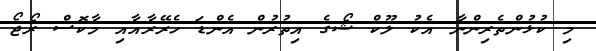
މި ކުޅުންތެރިންނާ އެކު ލޫކް ޝޯގެ އިތުރުން އެންޑަ ހެރޭރާއާއި މާކޮސް ރޯޖޯ